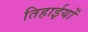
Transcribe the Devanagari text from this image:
तिहाईयों